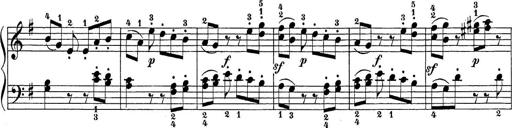
Title: Sonatina Album
Composer: Louis KÃ¶hler